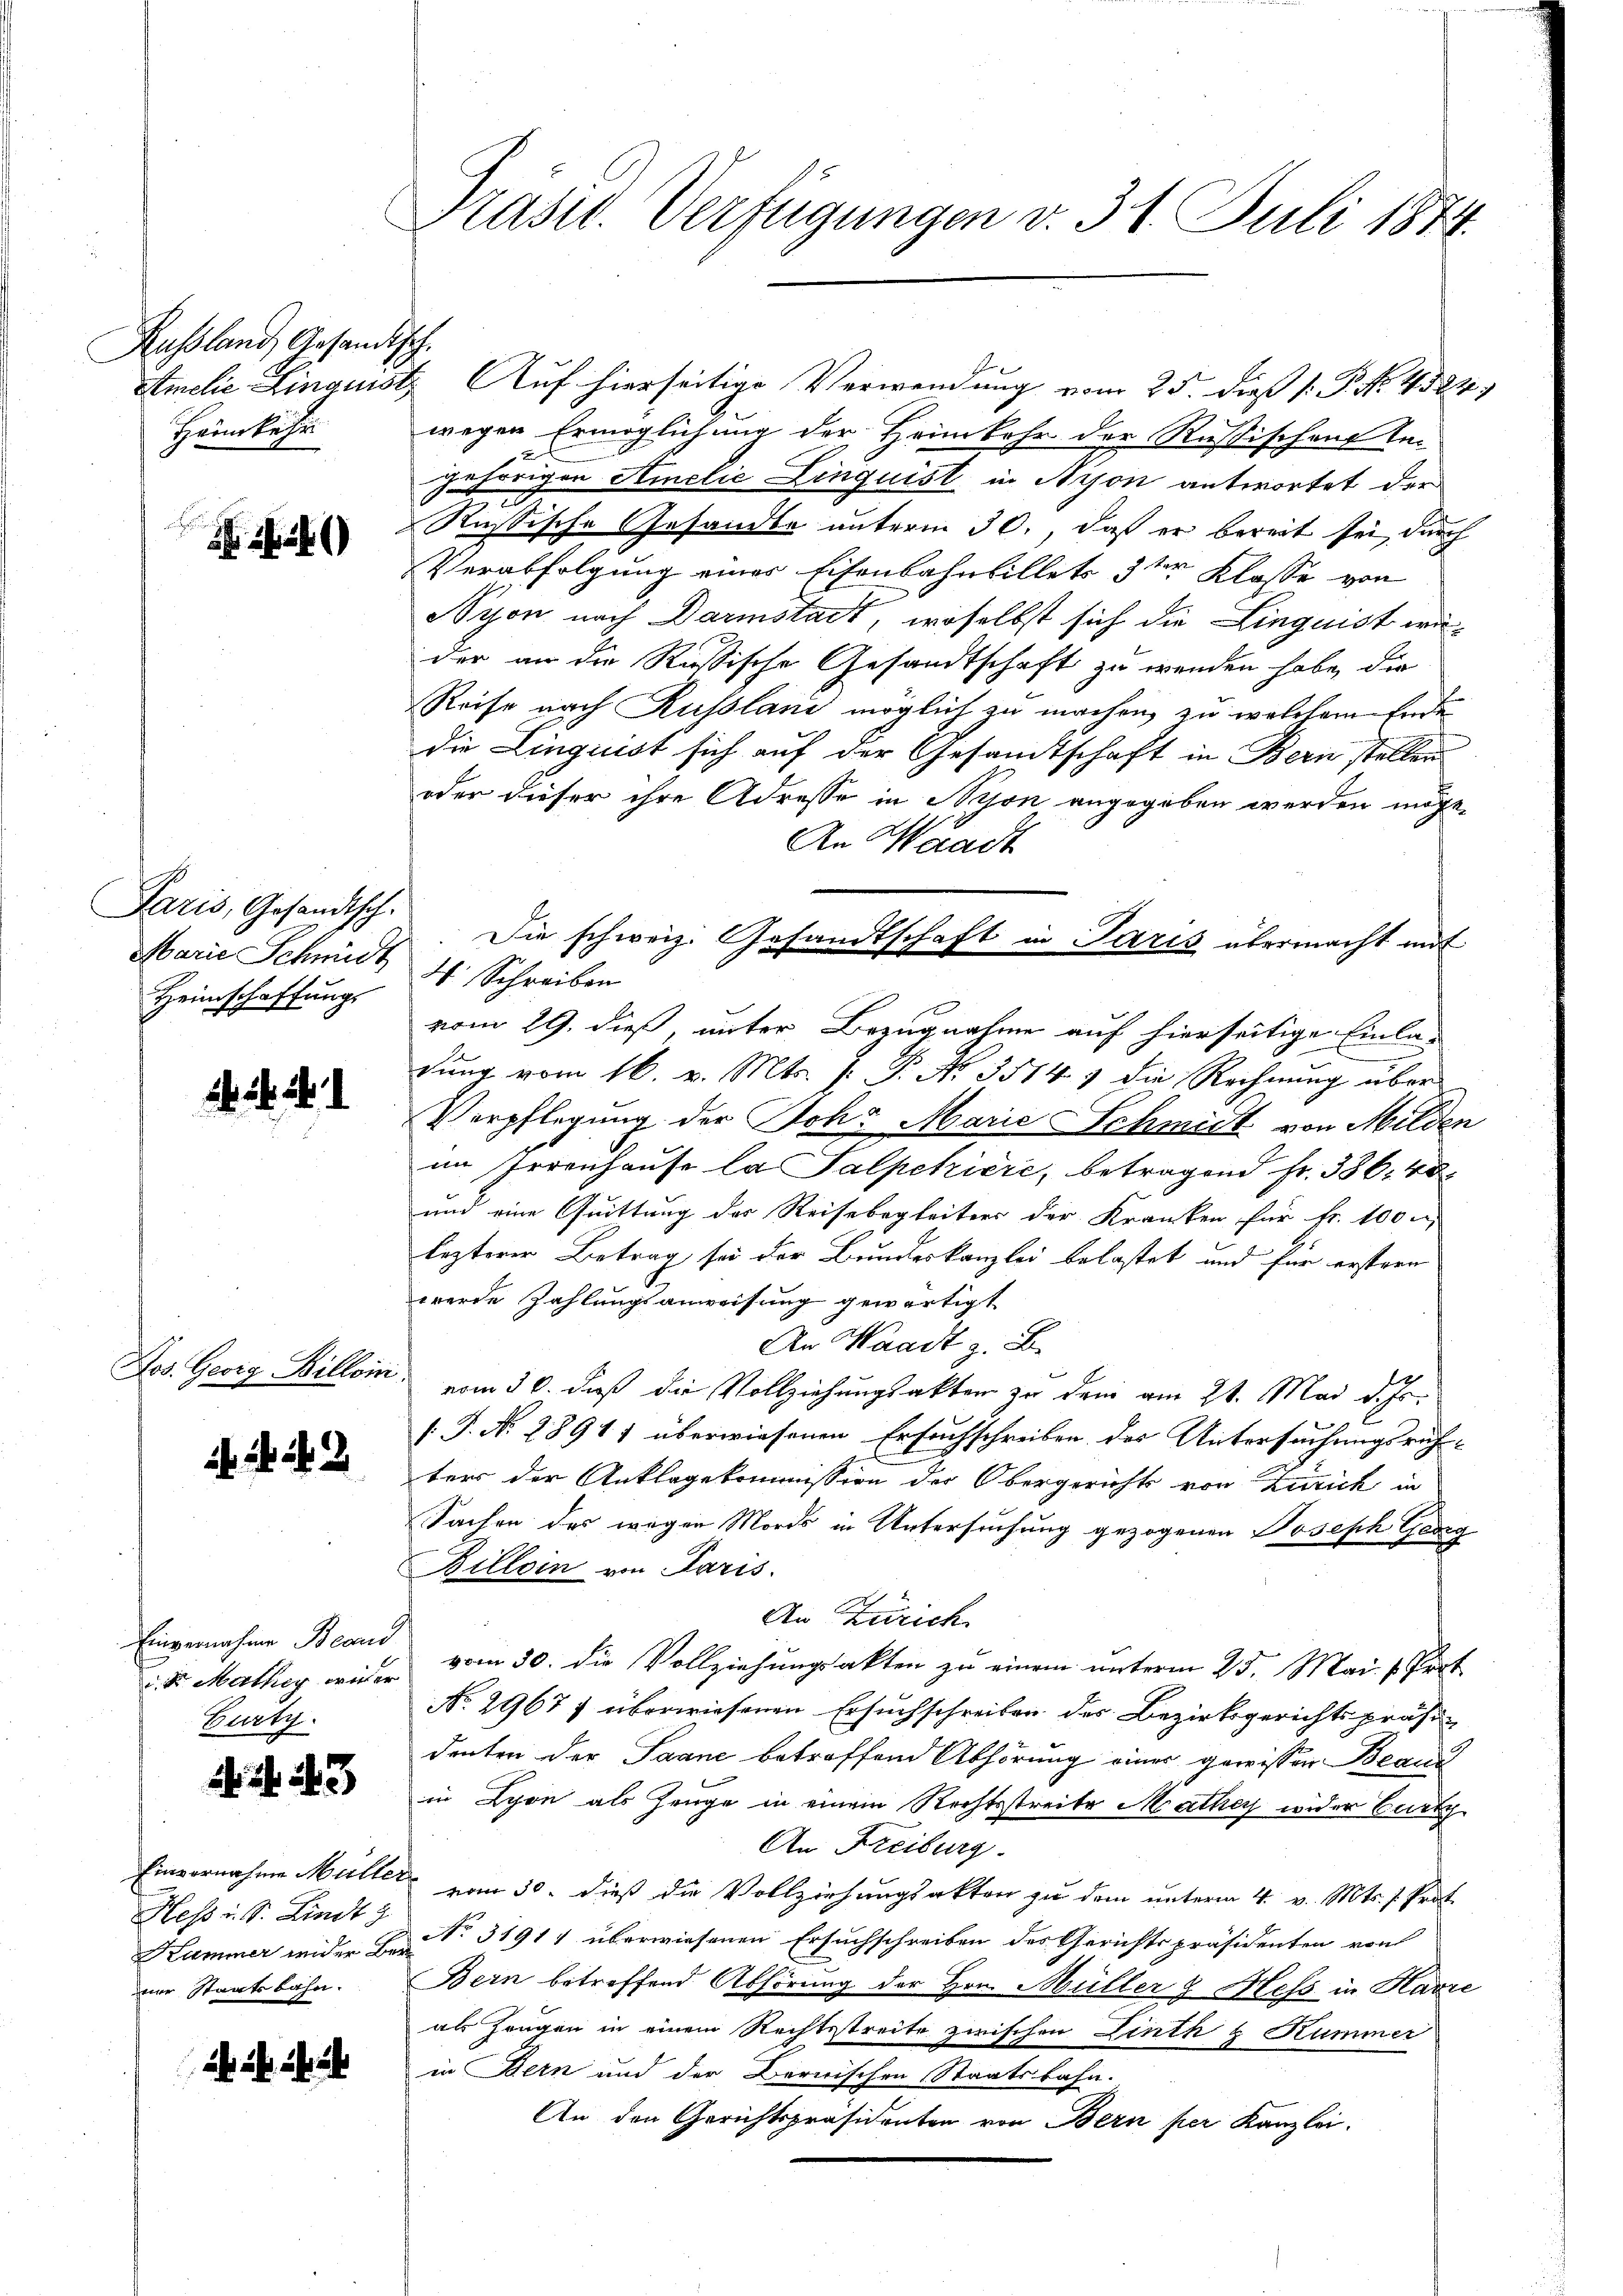
Russland Gesandts
Atmelie-Linquisi
Hönnkehr

Paris, Gesandtsch.
Marie Schmidt
Heimschaffungs

. . .

Jos. Georg Billoini

if. 24. 42

Einvernahme Beaus
d Sr. Mathig wider
Gurty.

. f. 243)

Einvernahme Müller
Hess u. S. Lindt
Kammer wider Bez
ner Staatsbahn.

Präsid. Verfügungen v. 31. Juli 1874.

t
1. Auf hierseitige Verwendung vom 25. dieß 1. P. Nr. 4384.
wegen Ermöglichung der Heimkehr der Rußischen Tei
jehörigen Amelie Linquist in Aison antwortet der
Russische Gesandte unterm 30., daß er bereit sei, durch
Verabfolgung einer Eisenbahnbillets 3ter Klasse von
Vyon nach Darmstadt, woselbst sich die Linguist weder an die Russische Gesandtschaft zu wenden habe, die
Reise nach Russlani möglich zu machen, zu welchem Ende
die Linguist sich auf der Gesamtschaft in Bern stellen
oder dieser ihre Adresse in Mison angegeben werden möge,
An Waadt
Die schweiz. Gesandtschaft in Paris übermacht mit
H. Schreiben
vom 29. dieß, unter Bezugnahme auf hierseitige Einla-
dung vom 16. v. Mts. J. P. No 3514. 7 die Rechnung über
Verpflegung der Ich. Marie Schmidt von Milden
im Irrenhause la Salpekiere, betragend Fr. 386. 40
und eine Quittung des Reisebegleiters der Kranken für Fr. 100
lezterer Betrag sei der Bundeskanzlei belastet und für erstern
werde Zahlungsanweisung gewärtigt
An Waadt z. B.
vom 30. daß die Vollziehungsakter zu dem am 21. Mai d. Js.
[J. N. 28911 überwiesenen Ersuchschreiben des Untersuchungsrichters der Anklagekommission der Obergerichts von Zürich in
Sachen des wegen Mords in Untersuchung gezogenen Joseph Georg
Billein von Paris.
An Zürich
vom 30. die Vollziehungsakten zu einem unterm 25. Mai v. Prot
No. 29677 überwiesenen Ersuchschreiben des Bezirksgerichtspräsidenten der Saane betreffend Abhörung einer gewissen Beaud
in Lyon als Zeuge in einem Rechtsstreite Mathey wider Curt
An Freiburg.
vom 30. dieß die Vollziehungsakten zu dem unterm 4. v. Mts. s. Prot
No. 31911 überwiesenen Ersuchschreiben des Gerichtspräsidenten von
Bern betreffend Abhörung der Hrn. Müller & Hess in Havre
als Zeugen in einem Rechtsstreite zwischen Linth & Kummer
in Bern und der Bernischen Staatsbahn.
An den Gerichtspräsidenten von Bern per Kanzlei.